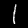
Digit: 1